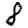
Digit: 8